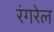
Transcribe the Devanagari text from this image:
रंगरेल